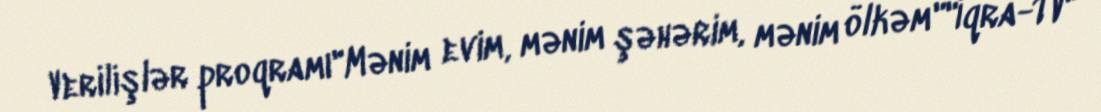
Verilişlər proqramı"Mənim evim, mənim şəhərim, mənim ölkəm""İqra-TV"